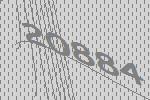
20884